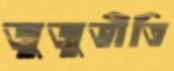
জুজুভীতি